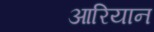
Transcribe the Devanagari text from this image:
आरियान